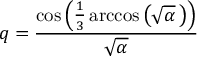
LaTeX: q = { \frac { \cos \left( { \frac { 1 } { 3 } } \operatorname { a r c c o s } \left( { \sqrt { \alpha } } \, \right) \right) } { \sqrt { \alpha } } }